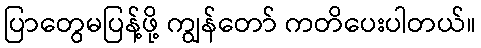
ပြာတွေမပြန့်ဖို့ ကျွန်တော် ကတိပေးပါတယ်။